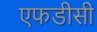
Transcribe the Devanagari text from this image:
एफडीसी